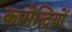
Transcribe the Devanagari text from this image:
कामेन्द्रियों